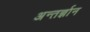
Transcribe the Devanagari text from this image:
अन्तर्ज्ञान